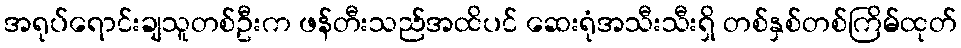
အရုပ်ရောင်းချသူတစ်ဦးက ဖန်တီးသည်အထိပင် ဆေးရုံအသီးသီးရှိ တစ်နှစ်တစ်ကြိမ်ထုတ်